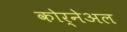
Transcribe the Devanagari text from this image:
कोर्नेअल